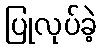
ပြုလုပ်ခဲ့